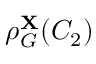
\rho _ { G } ^ { \bf X } ( C _ { 2 } )